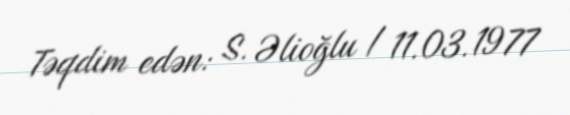
Təqdim edən: S. Əlioğlu / 11.03.1977